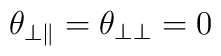
\theta _{\bot \Vert }=\theta _{\bot \bot }=0